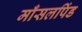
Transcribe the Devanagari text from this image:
माँसलपिंड